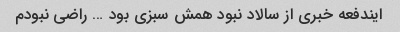
ایندفعه خبری از سالاد نبود همش سبزی بود … راضی نبودم